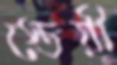
স্তেয়ী